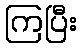
ကြပြီး